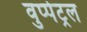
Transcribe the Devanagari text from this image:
वुप्‍पेट्रल